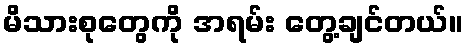
မိသားစုတွေကို အရမ်း တွေ့ချင်တယ်။